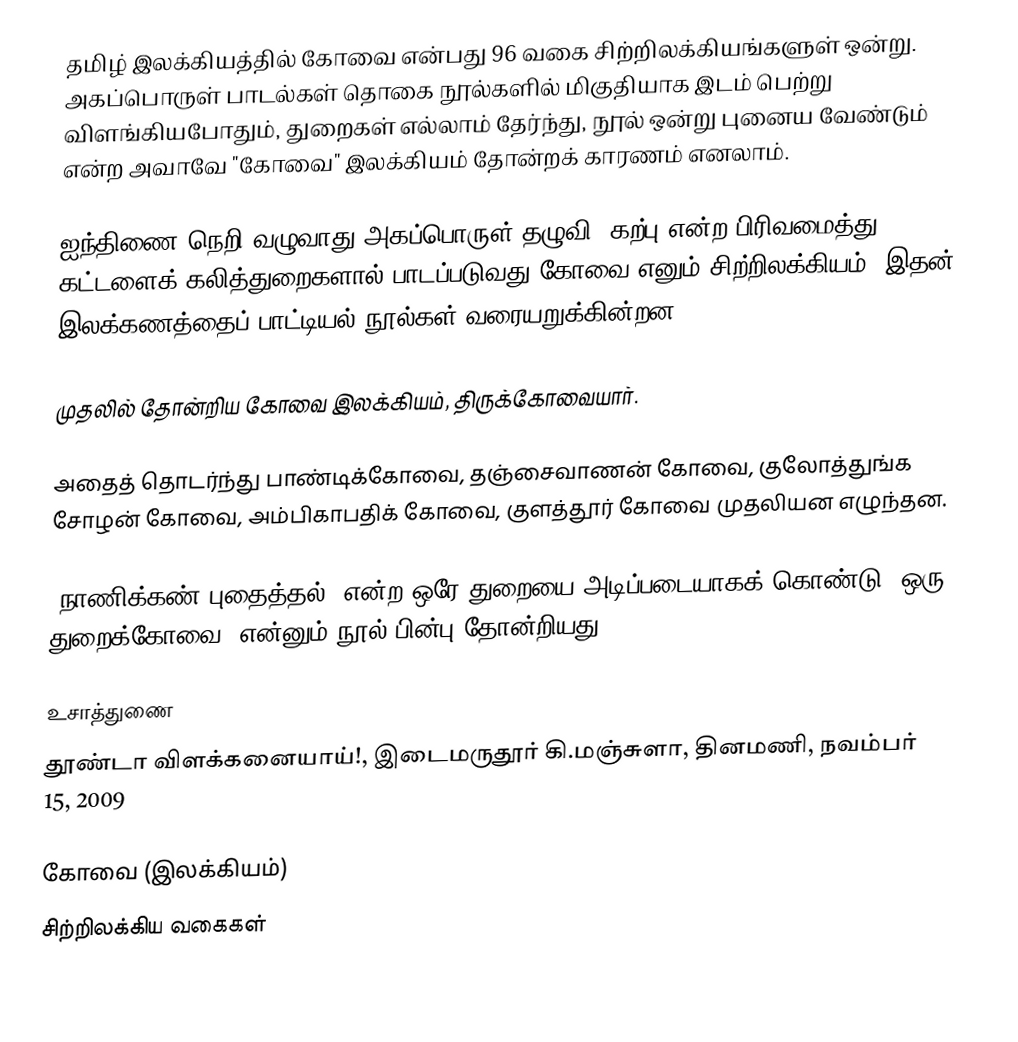
தமிழ் இலக்கியத்தில் கோவை என்பது 96 வகை சிற்றிலக்கியங்களுள் ஒன்று. அகப்பொருள் பாடல்கள் தொகை நூல்களில் மிகுதியாக இடம் பெற்று விளங்கியபோதும், துறைகள் எல்லாம் தேர்ந்து, நூல் ஒன்று புனைய வேண்டும் என்ற அவாவே "கோவை" இலக்கியம் தோன்றக் காரணம் எனலாம்.

ஐந்திணை நெறி வழுவாது அகப்பொருள் தழுவி, கற்பு என்ற பிரிவமைத்து 400 கட்டளைக் கலித்துறைகளால் பாடப்படுவது கோவை எனும் சிற்றிலக்கியம். இதன் இலக்கணத்தைப் பாட்டியல் நூல்கள் வரையறுக்கின்றன.

முதலில் தோன்றிய கோவை இலக்கியம், திருக்கோவையார்.

அதைத் தொடர்ந்து பாண்டிக்கோவை, தஞ்சைவாணன் கோவை, குலோத்துங்க சோழன் கோவை, அம்பிகாபதிக் கோவை, குளத்தூர் கோவை முதலியன எழுந்தன.

"நாணிக்கண் புதைத்தல்" என்ற ஒரே துறையை அடிப்படையாகக் கொண்டு "ஒரு துறைக்கோவை" என்னும் நூல் பின்பு தோன்றியது.

உசாத்துணை
தூண்டா விளக்கனையாய்!, இடைமருதூர் கி.மஞ்சுளா, தினமணி, நவம்பர் 15, 2009

கோவை (இலக்கியம்)
சிற்றிலக்கிய வகைகள்